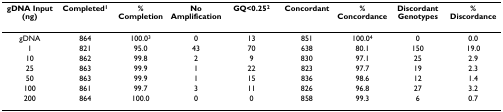
| gDNA Input (ng) | Completed1 | % Completion | No Amplification | GQ<0.252 | Concordant | % Concordance | Discordant Genotypes | % Discordance |
 | --- | --- | --- | --- | --- | --- | --- | --- | --- |
 | gDNA | 864 | 100.03 | 0 | 13 | 851 | 100.04 | 0 | 0.0 |
 | 1 | 821 | 95.0 | 43 | 70 | 638 | 80.1 | 150 | 19.0 |
 | 10 | 862 | 99.8 | 2 | 9 | 830 | 97.1 | 25 | 2.9 |
 | 25 | 863 | 99.9 | 1 | 22 | 823 | 97.7 | 19 | 2.3 |
 | 50 | 863 | 99.9 | 1 | 15 | 836 | 98.6 | 12 | 1.4 |
 | 100 | 861 | 99.7 | 3 | 11 | 826 | 96.8 | 27 | 3.2 |
 | 200 | 864 | 100.0 | 0 | 0 | 858 | 99.3 | 6 | 0.7 |